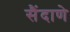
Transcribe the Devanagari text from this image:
सैंदाणे